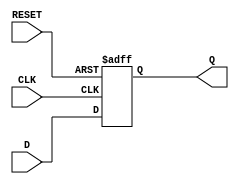
module flip_flop_register #(
    parameter N = 8  // Parameter defining the width of the register (default is 8 bits)
) (
    input wire [N-1:0] D,      // Data input
    input wire CLK,            // Clock input
    input wire RESET,          // Asynchronous reset input
    output reg [N-1:0] Q       // Data output
);

// On the rising edge of the clock or if RESET is activated
always @(posedge CLK or posedge RESET) begin
    if (RESET) begin
        Q <= {N{1'b0}};         // Reset Q to all zeros
    end else begin
        Q <= D;                 // Load data D into Q
    end
end

endmodule